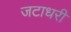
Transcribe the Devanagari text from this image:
जटाधरी